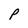
Character: P